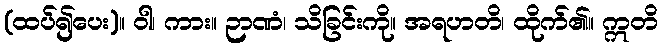
(ထပ်၍ပေး)။ ဝါ၊ ကား။ ဉာဏံ၊ သိခြင်းကို။ အရဟတိ၊ ထိုက်၏။ ဣတိ